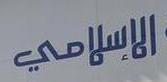
الاسلامي